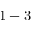
1 - 3